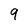
Character: q